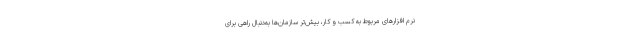
نرم افزارهای مربوط به کسب و کار، بیش‌تر سازمان‌ها به‌دنبال راهی برای